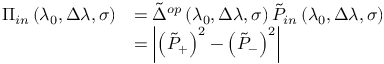
\begin{array} { r l } { \Pi _ { i n } \left( \lambda _ { 0 } , \Delta \lambda , \sigma \right) } & { = \tilde { \Delta } ^ { o p } \left( \lambda _ { 0 } , \Delta \lambda , \sigma \right) \tilde { P } _ { i n } \left( \lambda _ { 0 } , \Delta \lambda , \sigma \right) } \\ & { = \left| \left( \tilde { P } _ { + } \right) ^ { 2 } - \left( \tilde { P } _ { - } \right) ^ { 2 } \right| } \end{array}